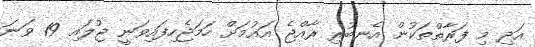
އަދި މި ފަރާތްތަކުން އެނބުރި ރާއްޖެ އައުމަށް ހަމަޖެހިފައިވަނީ ޖުލައި 19 ވަނަ